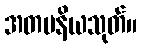
အတပနိယသုတ်။